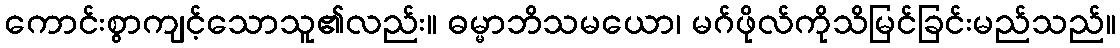
ကောင်းစွာကျင့်သောသူ၏လည်း။ ဓမ္မာဘိသမယော၊ မဂ်ဖိုလ်ကိုသိမြင်ခြင်းမည်သည်။